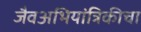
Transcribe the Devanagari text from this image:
जैवअभियांत्रिकीचा